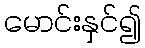
မောင်းနှင်၍